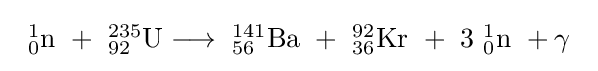
{\begin{array}{r}^{1}_{0}{\text{n}}\ +\ _{92}^{235}{\text{U}}\longrightarrow \ _{56}^{141}{\text{Ba}}\ +\ _{36}^{92}{\text{Kr}}\ +\ 3\ _{0}^{1}{\text{n}}\ +\gamma \end{array}}